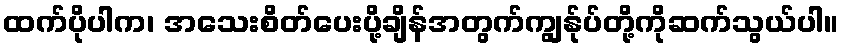
ထက်ပိုပါက၊ အသေးစိတ်ပေးပို့ချိန်အတွက်ကျွန်ုပ်တို့ကိုဆက်သွယ်ပါ။